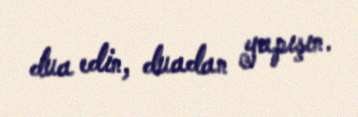
dua edin, duadan yapışın.